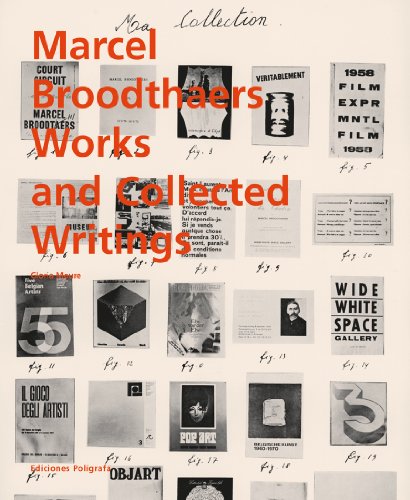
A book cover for Marcel Broodthaers: Collected Writings; Birgit Pelzer; Arts & Photography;